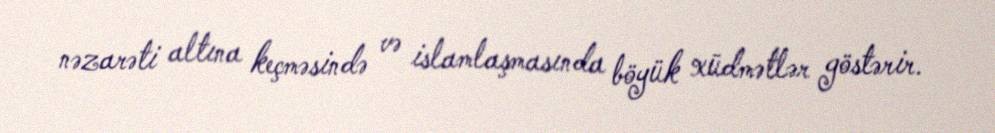
nəzarəti altına keçməsində və islamlaşmasında böyük xüdmətlər göstərir.